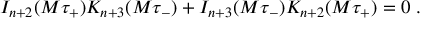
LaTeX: I _ { n + 2 } ( M \tau _ { + } ) K _ { n + 3 } ( M \tau _ { - } ) + I _ { n + 3 } ( M \tau _ { - } ) K _ { n + 2 } ( M \tau _ { + } ) = 0 \; .